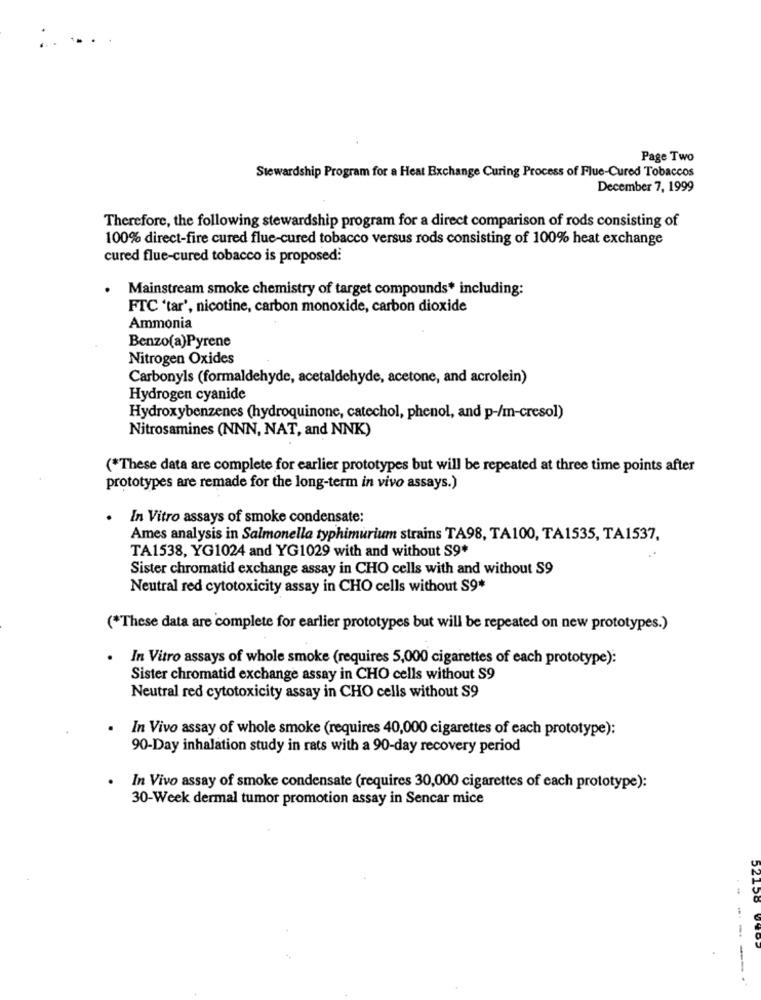
Page Two
Stewardship Program for a Heat Exchange Curing Process of Flue-Cured Tobaccos
December 7, 1999
Therefore, the following stewardship program for a direct comparison of rods consisting of
100% direct-fire cured flue-cured tobacco versus rods consisting of 100% heat exchange
cured flue-cured tobacco is proposed:
Mainstream smoke chemistry of target compounds* including:
FTC 'tar', nicotine, carbon monoxide, carbon dioxide
Ammonia
Benzo(a)Pyrene
Nitrogen Oxides
Carbonyls (formaldehyde, acetaldehyde, acetone, and acrolein)
Hydrogen cyanide
Hydroxybenzenes (hydroquinone, catechol, phenol, and p-/m-cresol)
Nitrosamines (NNN, NAT, and NNK)
(*These data are complete for earlier prototypes but will be repeated at three time points after
prototypes are remade for the long-term in vivo assays.)
In Vitro assays of smoke condensate:
Ames analysis in Salmonella typhimurium strains TA98, TA100, TA1535, TA1537,
TA1538, YG1024 and YG1029 with and without S9*
Sister chromatid exchange assay in CHO cells with and without S9
Neutral red cytotoxicity assay in CHO cells without S9*
(*These data are complete for earlier prototypes but will be repeated on new prototypes.)
.
In Vitro assays of whole smoke (requires 5,000 cigarettes of each prototype):
Sister chromatid exchange assay in CHO cells without S9
Neutral red cytotoxicity assay in CHO cells without S9
In Vivo assay of whole smoke (requires 40,000 cigarettes of each prototype):
90-Day inhalation study in rats with a 90-day recovery period
In Vivo assay of smoke condensate (requires 30,000 cigarettes of each prototype):
30-Week dermal tumor promotion assay in Sencar mice
52158 0902
---- --